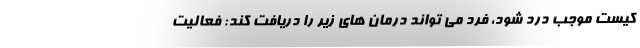
کیست موجب درد شود، فرد می تواند درمان های زیر را دریافت کند: فعالیت